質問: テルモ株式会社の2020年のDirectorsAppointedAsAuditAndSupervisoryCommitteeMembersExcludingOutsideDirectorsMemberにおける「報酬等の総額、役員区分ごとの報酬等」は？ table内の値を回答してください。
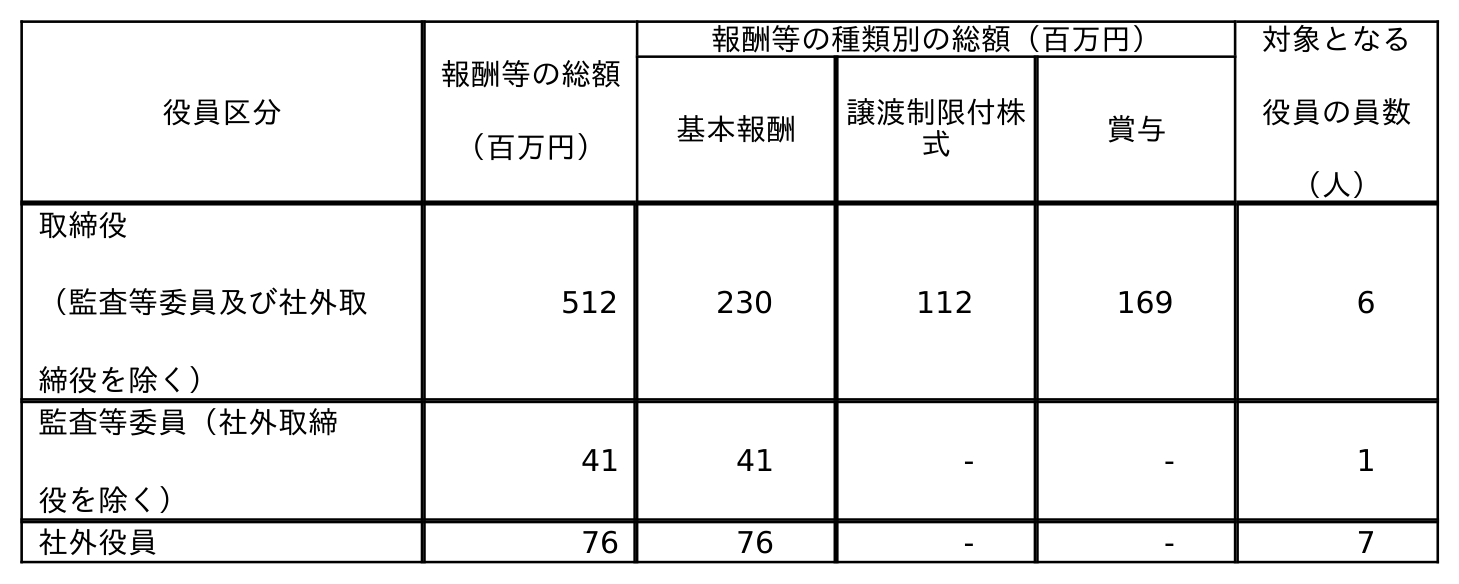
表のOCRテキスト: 役員区分 報酬等の総額 （百万円） 報酬等の種類別の総額（百万円） 対象となる 役員の員数 （人） 基本報酬 譲渡制限付株 式 賞与 取締役 （監査等委員及び社外取 締役を除く） 512 230 112 169 6 監査等委員（社外取締 役を除く） 41 41 - - 1 社外役員 76 76 - - 7
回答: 41